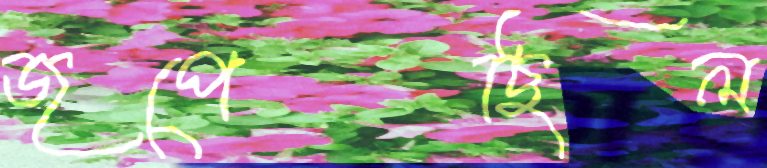
জপেছিল